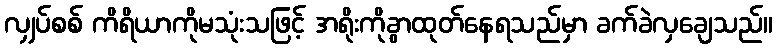
လျှပ်စစ် ကိရိယာကိုမသုံးသဖြင့် အရိုးကိုခွာထုတ်နေရသည်မှာ ခက်ခဲလှချေသည်။